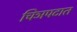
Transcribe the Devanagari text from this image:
चिञपटात